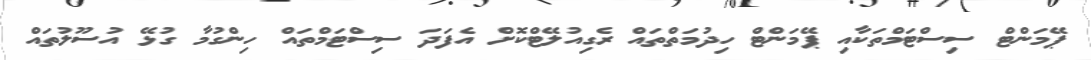
ޕޭމަންޓް ސިސްޓަމްތަކާއި ޕޭމަންޓް ހިދުމަތްތައް ރެގިއުލޭޓްކޮށް އެފަދަ ސިސްޓަމްތައް ހިންގުމާ ގުޅޭ އުސޫލުތައް